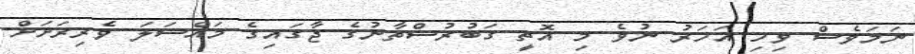
ނަމަވެސް ވިހި އަހަރު ނުވެ މި އޮތީ ގަބުރުސްތާނުގެ ޖާގައިގެ މައްސަލަ ވެރިރަށަށް